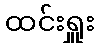
ထင်းရှူး